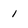
Character: 1